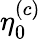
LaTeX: \eta_{0}^{(c)}